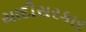
યાદીસરકાર